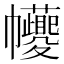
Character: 𢆆